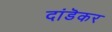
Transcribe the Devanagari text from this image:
दांडॆकर